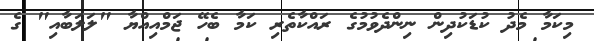
މިކަމާ މެދު ކުޑަކުދިން ނިންދެވުމުގެ ރައްކާތެރި ކަމާ ބެހޭ ޖަމްއިއްޔާ "ލަލަބާއި" ގެ